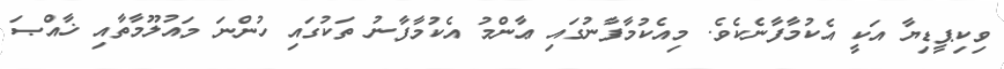
ވިކިޕީޑިޔާ އަކީ އެކުމާފާނެކެވެ. މިއެކުމާފާނުގައި ޢާންމު އެކުމާފާނު ތަކުގައި ހުންނަ މައުލޫމާތާއި ޚާއްޞަ